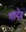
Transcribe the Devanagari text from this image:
गरुदेव